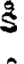
కి